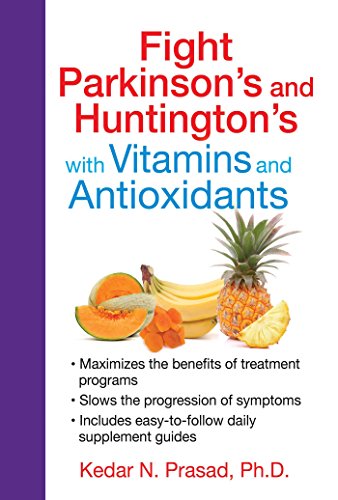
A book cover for Fight Parkinson's and Huntington's with Vitamins and Antioxidants; Kedar N. Prasad Ph.D.; Health, Fitness & Dieting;